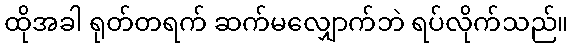
ထိုအခါ ရုတ်တရက် ဆက်မလျှောက်ဘဲ ရပ်လိုက်သည်။